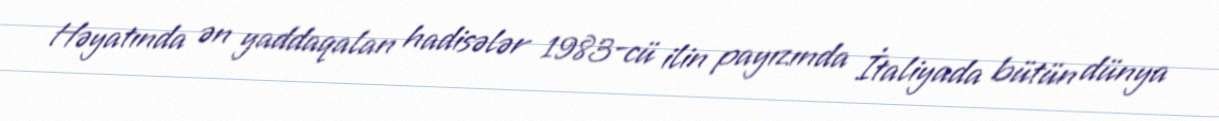
Həyatında ən yaddaqalan hadisələr 1983-cü ilin payızında İtaliyada bütün dünya